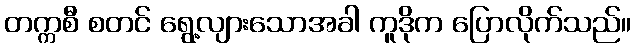
တက္ကစီ စတင် ရွေ့လျားသောအခါ ကူဒိုက ပြောလိုက်သည်။